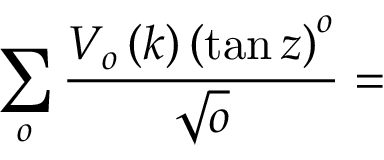
\sum _ { o } \frac { V _ { o } \left( k \right) \left( \tan z \right) ^ { o } } { \sqrt { o } } =